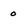
Character: 0